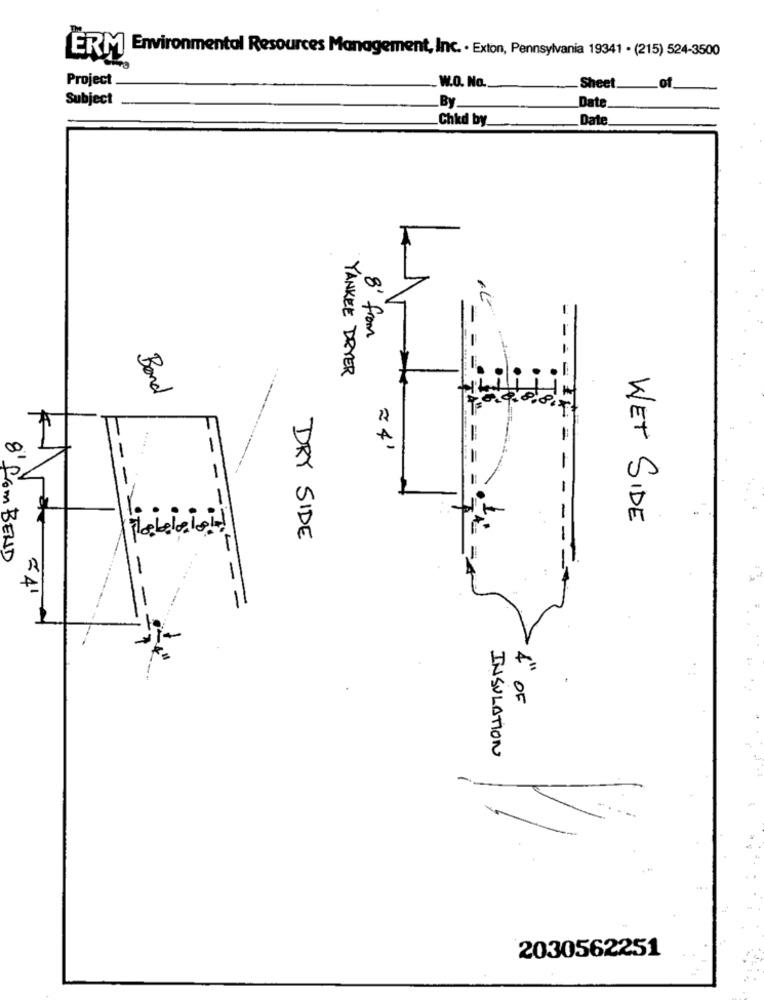
ERM Environmental Resources Management, Inc. · Exton, Pennsylvania 19341 · (215) 524-3500
Project
W.O. No.
of
Sheet
Subject
Date
.By.
Chkd by
Date.
8' from
YANKEE DRYER
Bond
.=
241
-
- -
-:
WET SIDE
DRY SIDE
-
8 from BEND
R
4 OF
INSULATION
-
2030562251